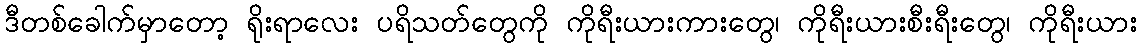
ဒီတစ်ခေါက်မှာတော့ ရိုးရာလေး ပရိသတ်တွေကို ကိုရီးယားကားတွေ၊ ကိုရီးယားစီးရီးတွေ၊ ကိုရီးယား